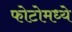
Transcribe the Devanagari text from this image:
फोटोमध्ये